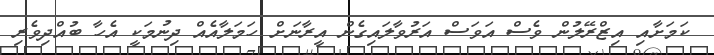
ކަމަށާއި އިޒްރޭލުން ވެސް އަވަސް އަރުވާލައިގެން އީރާނަށް ހަމަލާއެއް ދިނުމަކީ އެހާ ބުއްދިވެރި